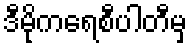
ဒီမိုကရေစီပါတီမှ